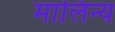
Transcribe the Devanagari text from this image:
मालिन्य